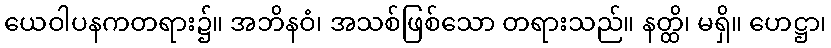
ယေဝါပနကတရား၌။ အဘိနဝံ၊ အသစ်ဖြစ်သော တရားသည်။ နတ္ထိ၊ မရှိ။ ဟေဋ္ဌာ၊